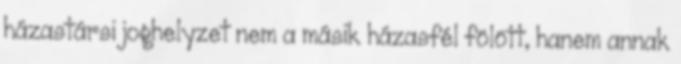
házastársi joghelyzet nem a másik házasfél fölött, hanem annak